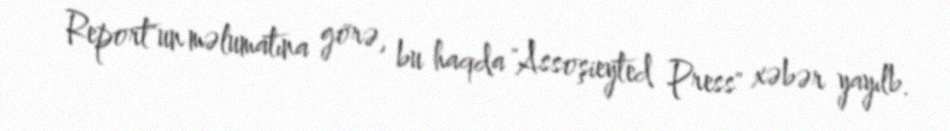
Report"un məlumatına görə, bu haqda "Assoşieyted Press" xəbər yayılb.